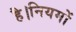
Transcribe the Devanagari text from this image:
है।नियमों